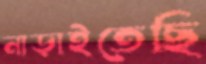
নাড়াইতেছি